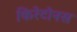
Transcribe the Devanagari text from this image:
किरेटोनस